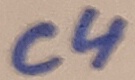
Text: C4